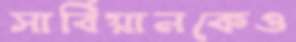
সার্বিয়ানকেও